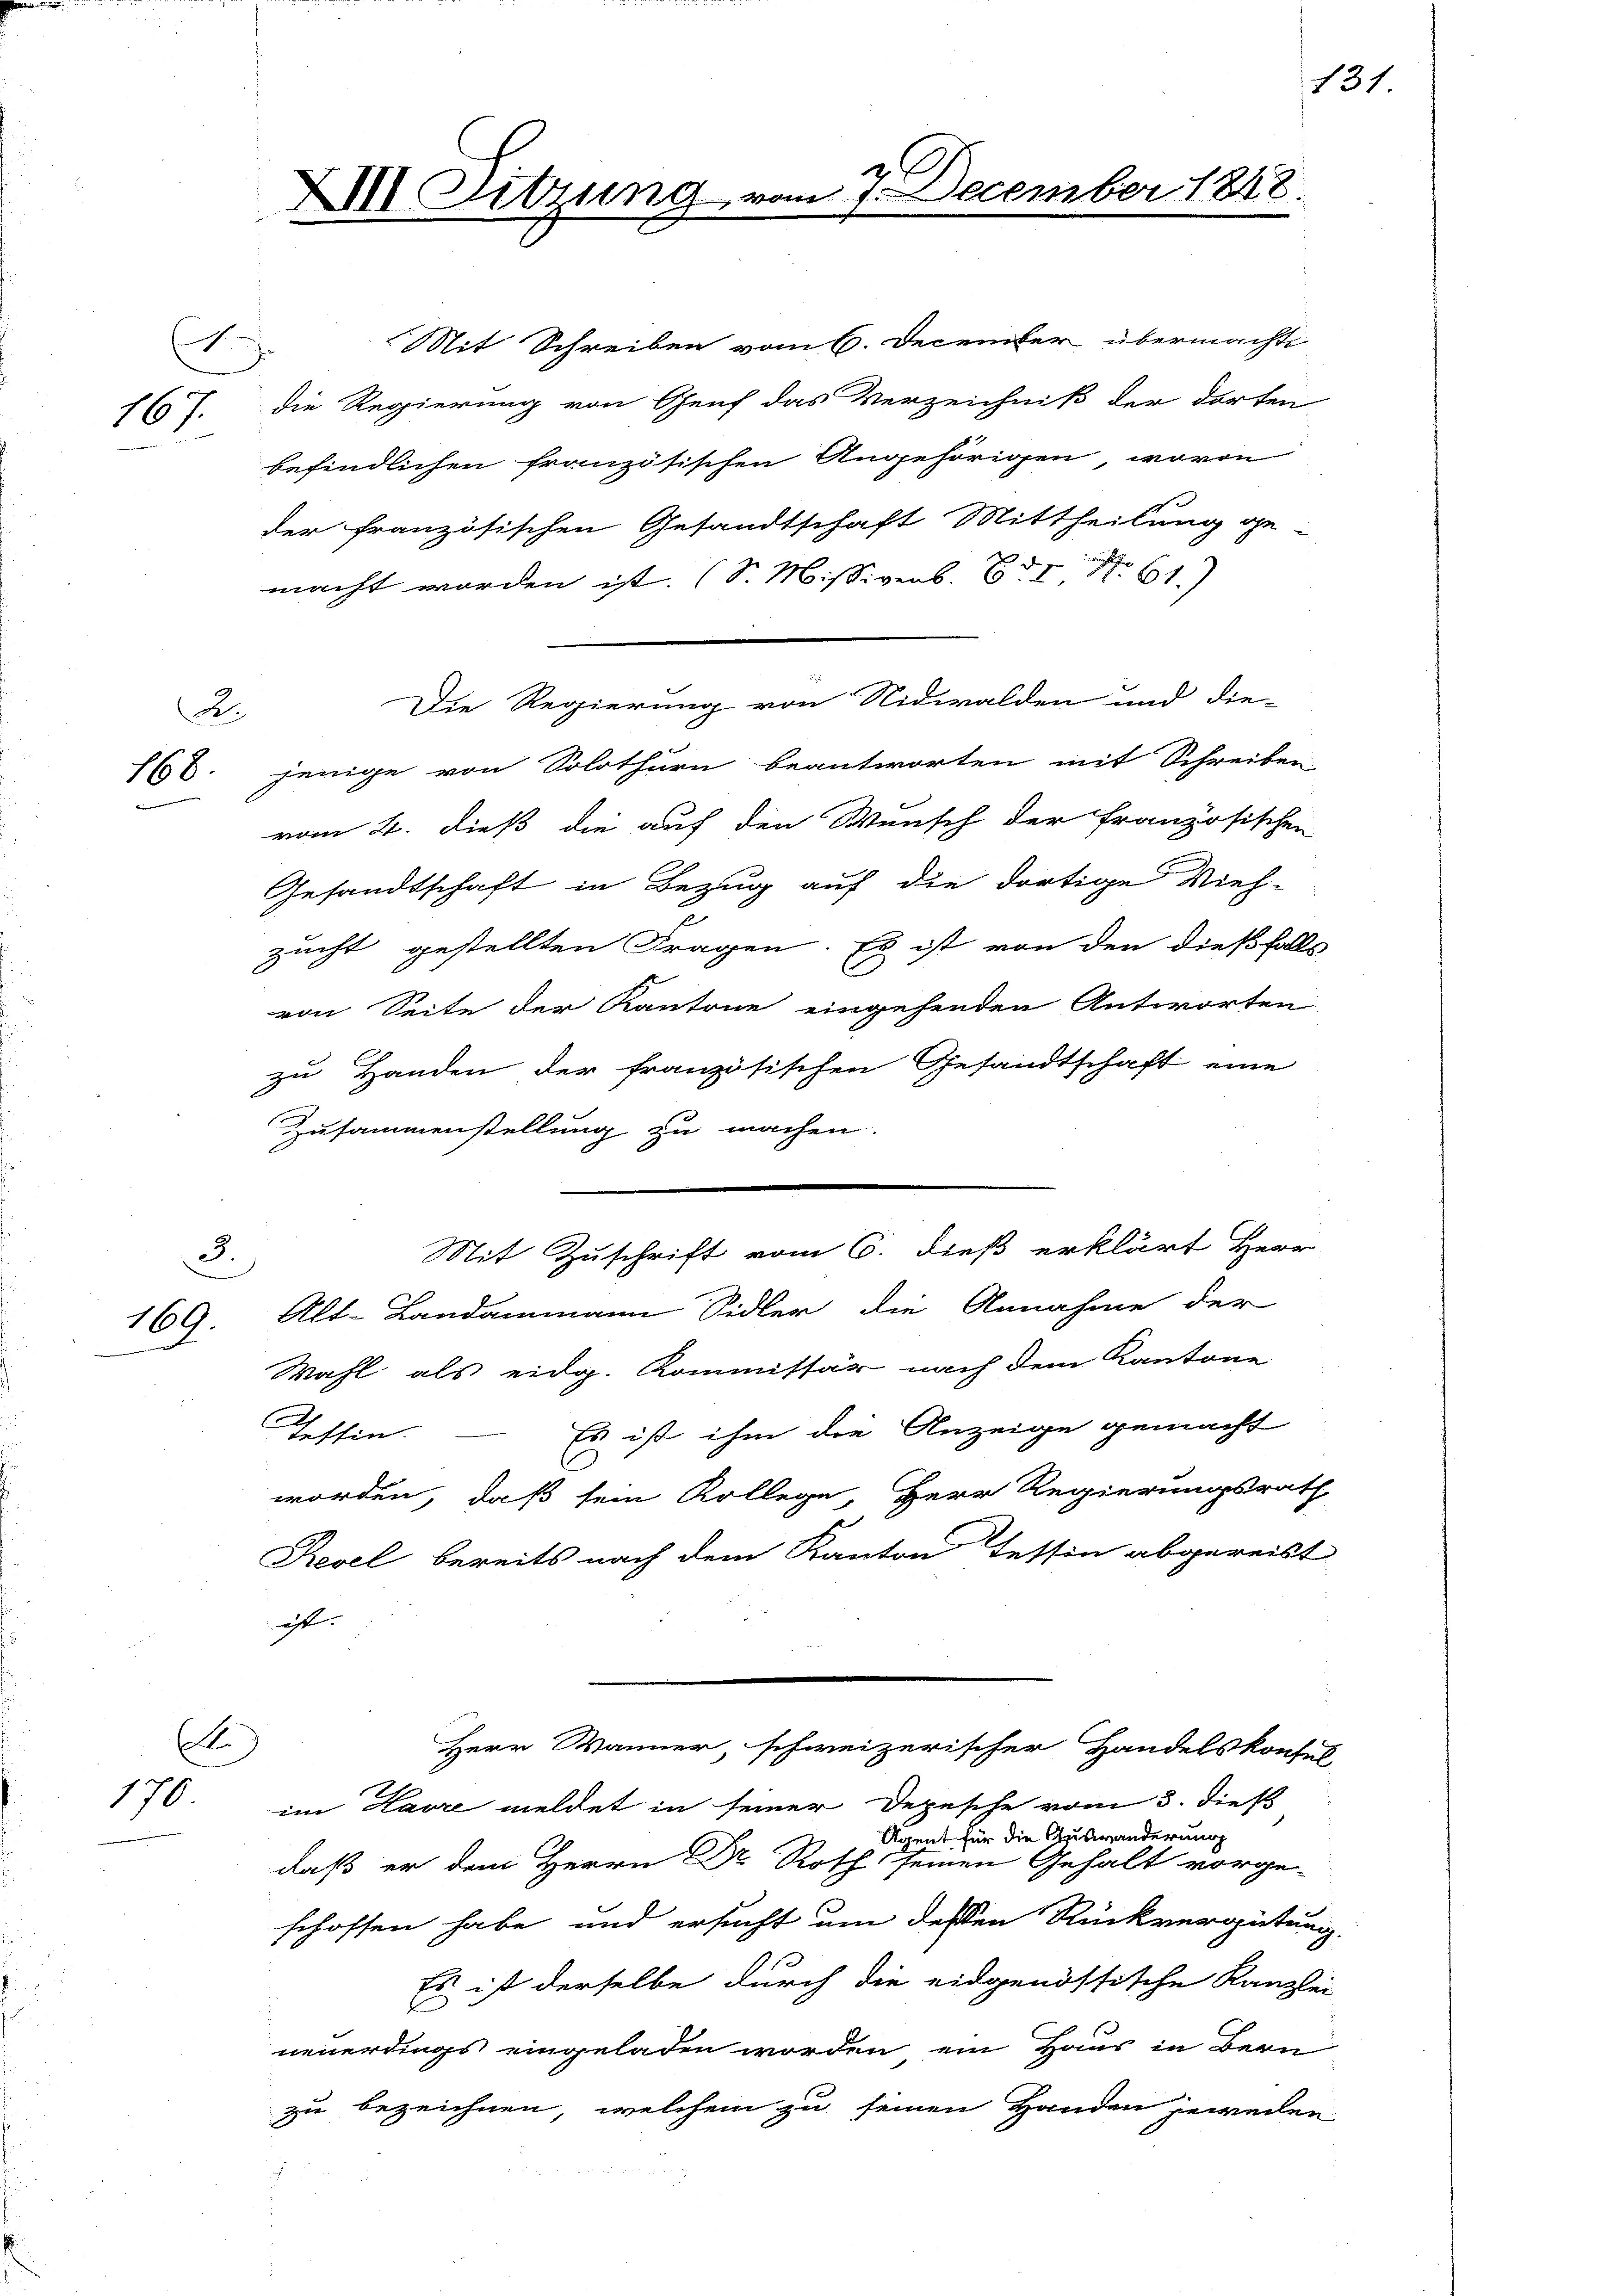
2.
168.

Mit Schreiben vom 6. December übermachte
167. Die Regierung von Genf das Verzeichniß der dorten
befindlichen französischen Angehörigen, wovon
der französischen Gesandtschaft Mittheilung ge-
macht worden ist. (S. Missivenb. Bd. I S. 61
jenige von Solothurn beantworten mit Schreiben
vom 2. dieß die auf den Wunsch der französischen
Gesandtschaft in Bezug auf die dortige Vieh-
zucht gestellten Fragen. Es ist von den dießfalls
von Seite der Kantone eingehenden Antworten
zu Handen der französischen Gesandtschaft eine
Zusammenstellung zu machen.
Mit Zuschrift vom 6. dieß erklärt Herr
3.
Alt-Landammann Sidler die Annahme der
Wahl als eidg. Kommissär nach dem Kantone
Es ist ihm die Anzeige gemacht
Tessin.
s
worden, daß sein Kollege Herr Regierungsrath
Revel bereits nach dem Kanton Tessin abgereist
iht.
.
Herr Wanner, schweizerischer Handelskonsul-
im Havre meldet in seiner Depesche vom 3. dieß
Agent für die Auswänderung
daß er dem Herrn Dr. Roth seinen Gehalt vorge-
schoffen habe und ersucht um dessen Rückvergütung.
Es ist derselbe durch die eidgenössische Kanzlei
neuerdings eingeladen worden ein Haus in Bern
zu bezeichnen, welchem zu seinen Handen jeweilen

169.

170

A.

XIII Sitzung

Die Regierung von Nidwalden und die-

G
7 December 1848.

131